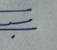
Signature authenticity: genuine